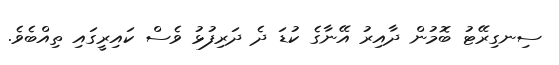
ސިނގިރޭޓު ބޮމުން ދާއިރު އޭނާގެ ކުޑަ ދެ ދަރިފުޅު ވެސް ކައިރީގައި ތިއްބެވެ.